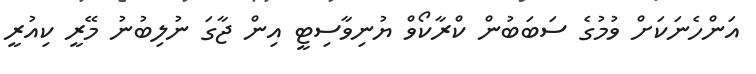
އަންހެނަކަށް ވުމުގެ ސަބަބުން ކްރާކޯވް ޔުނިވާސިޓީ އިން ޖާގަ ނުލިބުނު މޭރީ ކިއުރީ